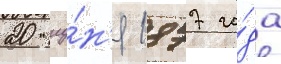
20 иу́н'я 1877 го́да